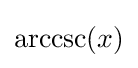
\operatorname {arccsc} (x)